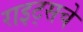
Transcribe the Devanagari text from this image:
राइट्सचे